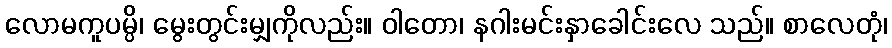
လောမကူပမ္ပိ၊ မွေးတွင်းမျှကိုလည်း။ ဝါတော၊ နဂါးမင်းနှာခေါင်းလေ သည်။ စာလေတုံ၊